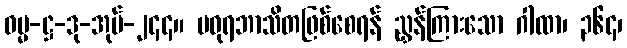
ဓမ္မ-ဋ္ဌ-ဒု-အုပ်-၂၄၄။ မဓုရဘာသိတဖြစ်စေရန် ညွှန်ကြားသော ဂါထာ၊ ၃၆၄၊